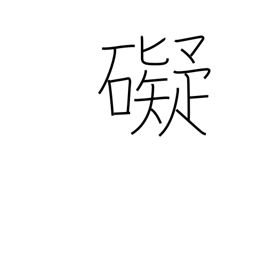
Meaning: deter